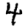
Digit: 4